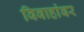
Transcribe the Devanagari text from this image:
विवाहांवर